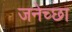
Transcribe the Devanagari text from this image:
जनेच्छा